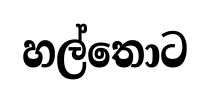
හල්තොට